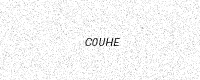
Text: C0UHE